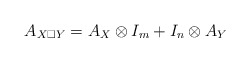
\begin{align*}A_{X \square Y} = A_X \otimes I_m + I_n \otimes A_Y\end{align*}